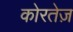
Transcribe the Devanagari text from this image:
कोरतेज़